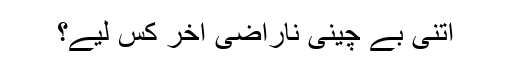
اتنی بے چینی ناراضی آخر کس لیے؟